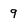
Character: 9